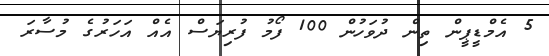
5 އެމްޑީޕީން ތިން ދުވަހުން 100 ފޯމު ފުރިޔަސް އެއް އަހަރުގެ މުސާރަ